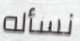
نسأله